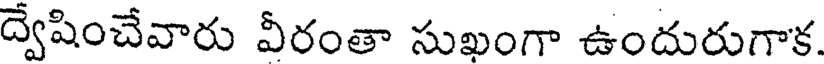
ద్వేషించేవారు వీరంతా సుఖంగా ఉందురుగాక